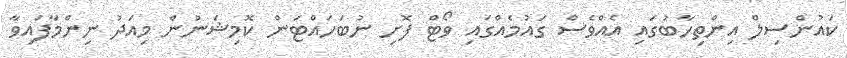
ކައުންސިލް އިންތިހާބުގައި އެއްވެސް ގައުމެއްގައި ވޯޓް ފޮށި ނުބަހައްޓަން ކޮމިޝަނުން މިއަދު ނިންމާފައިވާ